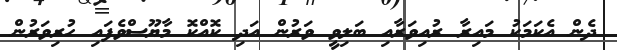
ދެން އެކަމަކު މައިރާ ރުއިވަރާއި ބަލިވީ ވަރުން އަދި ކޮއްކޮ މާޔޫސްވެފައި ހުރިވަރުން